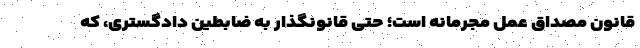
قانون مصداق عمل مجرمانه است؛ حتی قانونگذار به ضابطین دادگستری، که